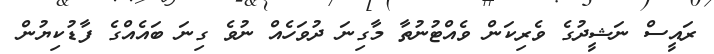
ރައީސް ނަޝީދުގެ ވެރިކަން ވެއްޓުނުތާ މާގިނަ ދުވަހެއް ނުވެ ގިނަ ބައެއްގެ ފާޑުކިޔުން